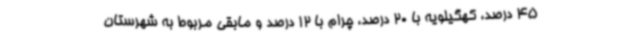
45 درصد، کهگیلویه با 20 درصد، چرام با 12 درصد و مابقی مربوط به شهرستان